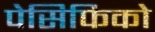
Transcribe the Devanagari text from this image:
पेसिफिको